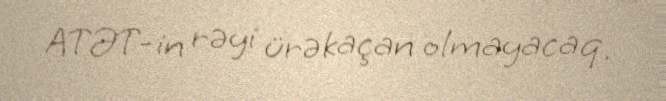
ATƏT-in rəyi ürəkaçan olmayacaq.